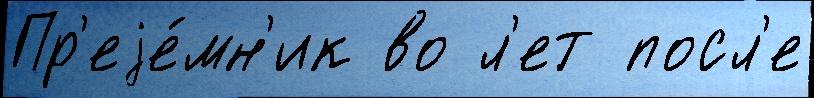
Пр'еjе́мн'ик во л'ет посл'е